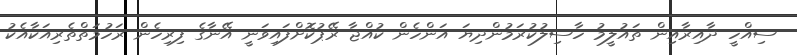
ސިއްހީ ދާއިރާއިން ތައުލީމު ހާސިލުކުރަމުންދިޔަ އަންހެން ކުއްޖާ ރޭޕުކޮށްފައިވަނީ އޭނާގެ ފިރިހެން ރަހުމަތްތެރިއަކާއެކު